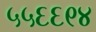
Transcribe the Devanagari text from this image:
५५६६९४